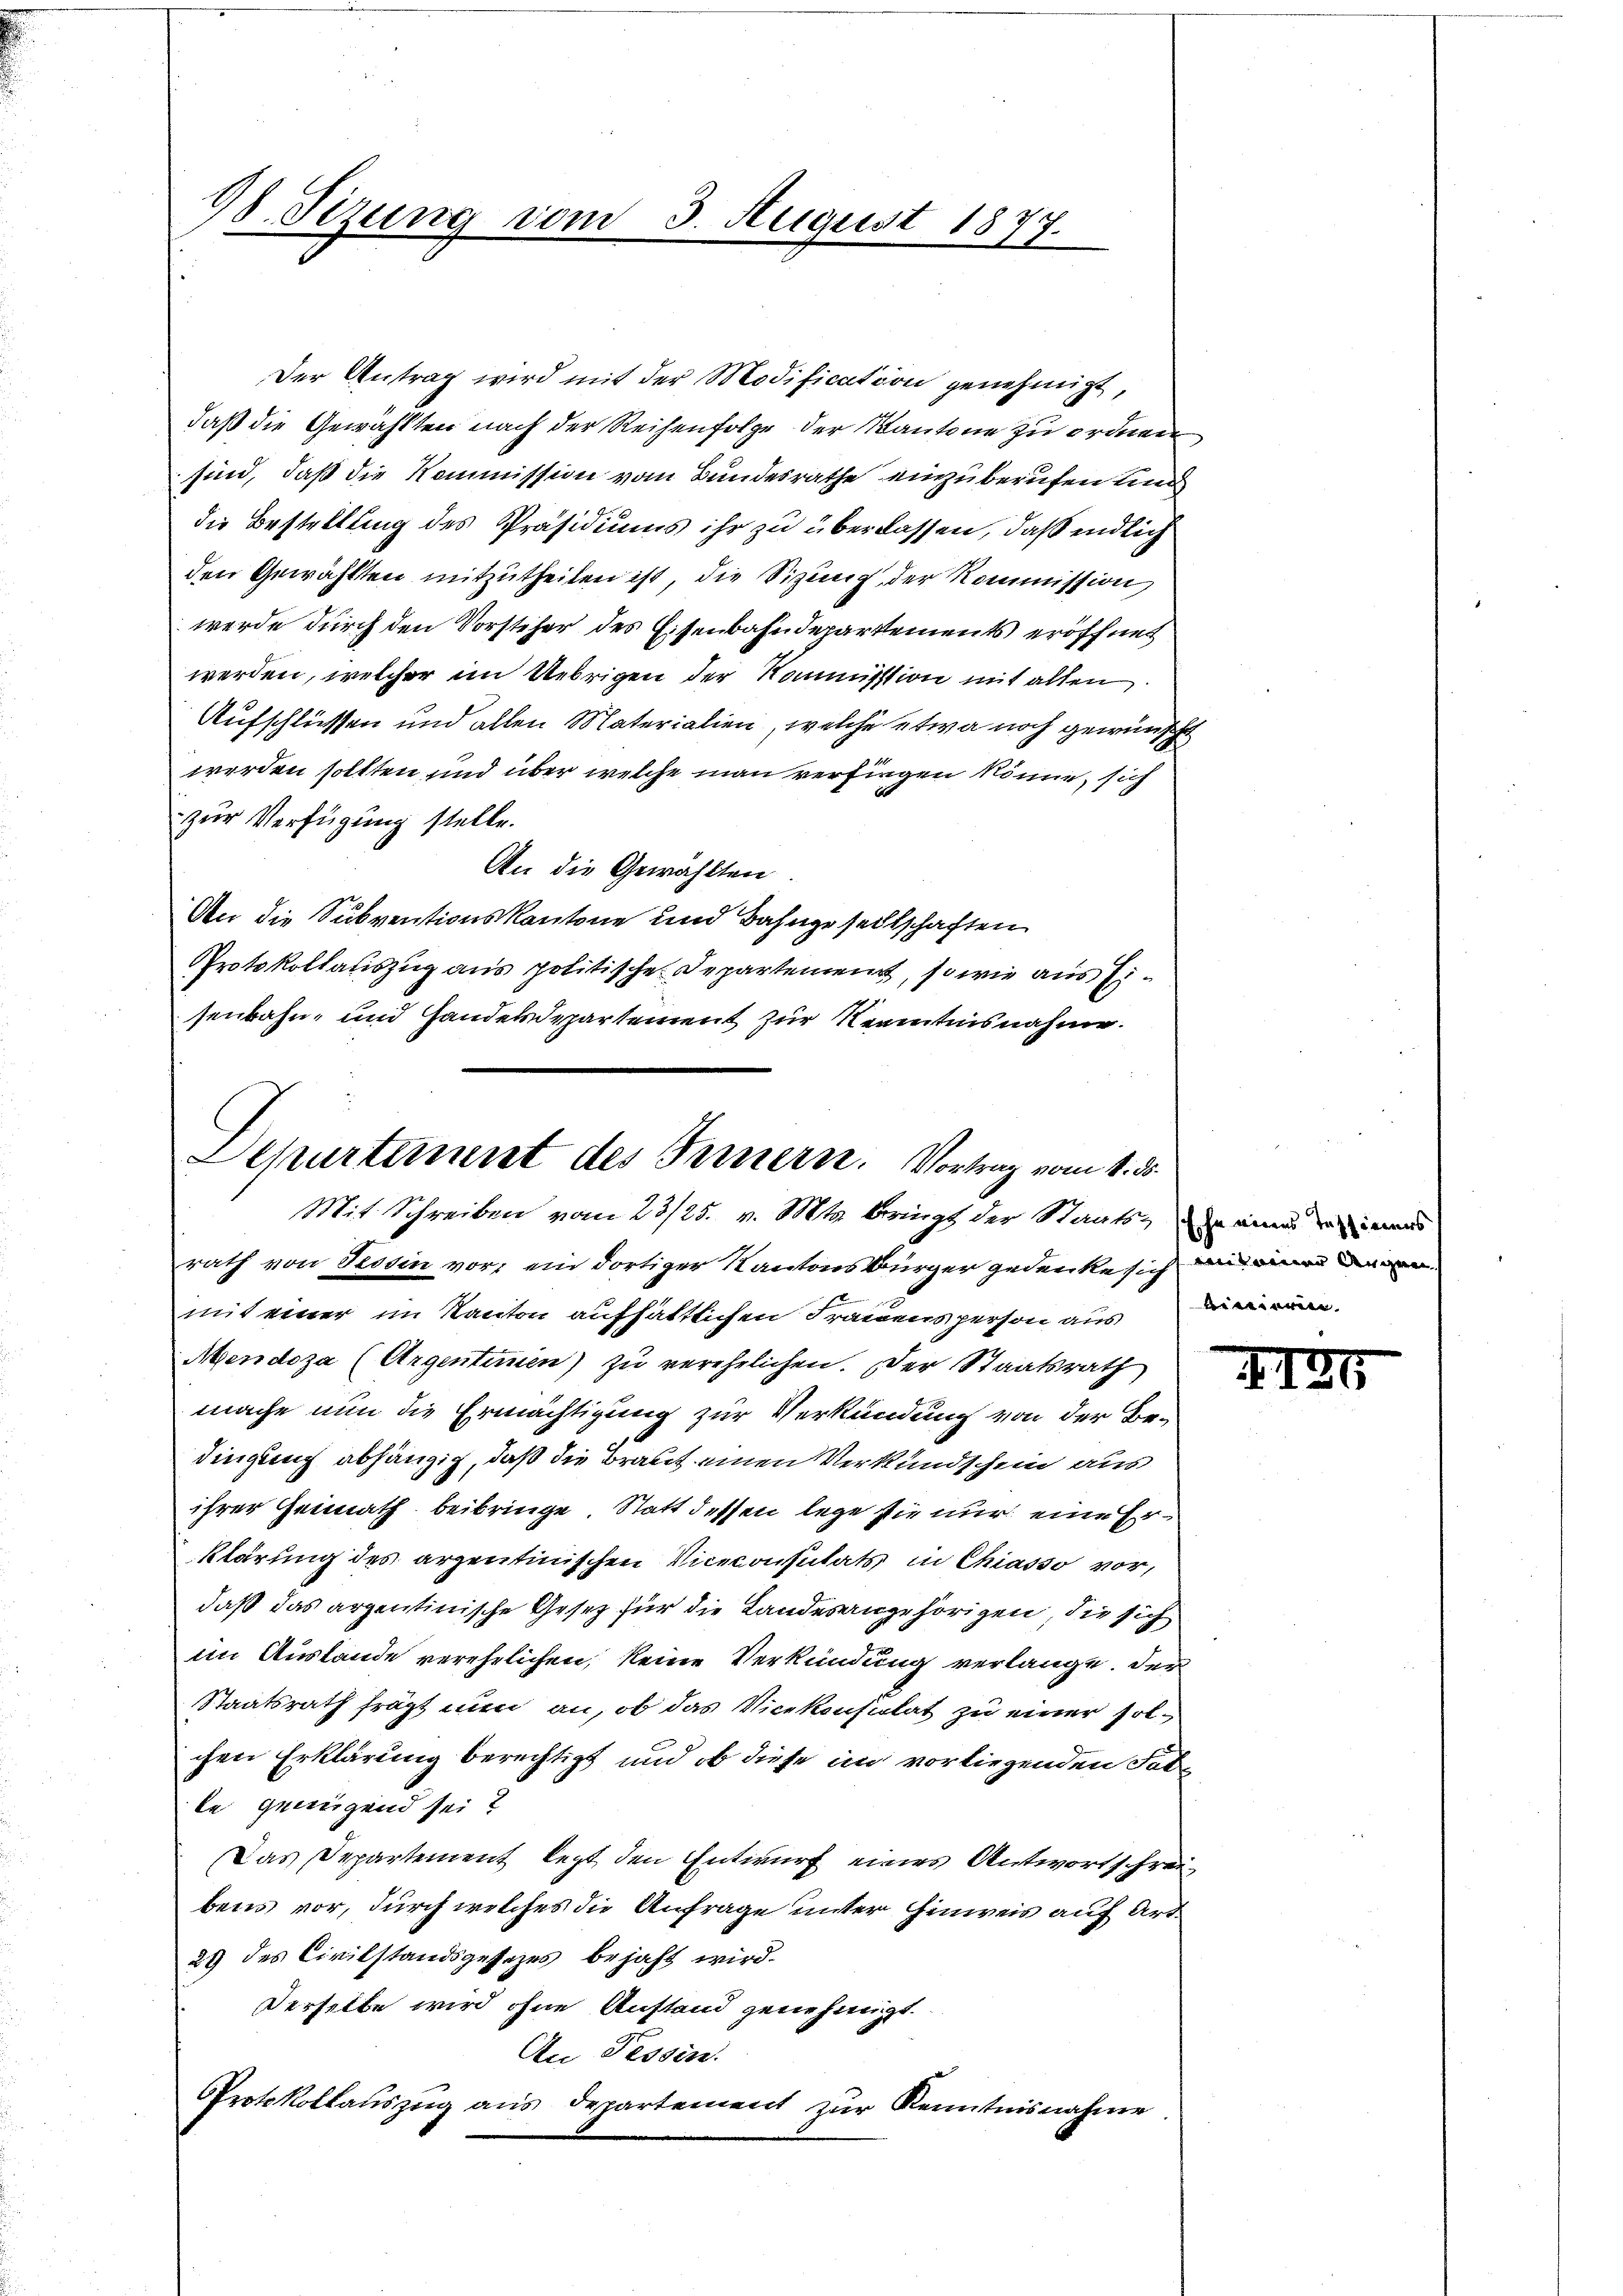
98. Sizung vom 3. August 1877.

Der Antrag wird mit der Modification genehmigt,
daß die Gewählten nach der Reihenfolge der Kantone zu ordnen
sind, daß die Kommission vom Bundesrathe einzuberufen und
die Bestellung des Präsidiums ihr zu überlassen, daß endlich
den Gewählten mitzutheilen ist, die Sizung der Kommission,
werde durch den Vorsteher des Eisenbahndepartements eröffnet
werden, welcher im Uebrigen der Kommission mit allen
Aufschlüssen und allen Materialien, welche etwa noch gewünscht
werden sollten und über welche man verfigen könne, sich
zur Verfügung stelle.
An die Gewählten.
An die Subventionskantone und Bahngesellschaften
Protokollauszug aus politische Departement, so wie aus Eisenbahn- und Handendepartement zur Kenntnisnahme.

Schurtement des Innern. Vortrag vom 1. ds.
Mit Schreiben vom 23/25. v. Mts. bringt der Staats- einen ein
rath von Tessin vor, ein dortiger Kantonsbürger gedenke sich und eine dann

mit einer im Kanton aufhältlichen Frauensperson aus der ä
Mendoza (Argentemen) zu verehelichen. Der Staatsrath
mache nun die Ermächtigung zur Verkündung von der Be-
dingung abhängig, daß die Braut einen Verkundschein aus
ihrer Heimath beibringe. Statt dessen lege sie nur eine Erklärung des arzentinischen Viceconsulats in Chiasso vor,
daß das argentinische Gesetz für die Landesangehörigen, die sich
im Auslande verehelichen, keine Verkündung verlange. Der
Staatsrath frägt nun an, ob das Vicekonsulat zu einer solchen Erklärung berechtigt und ob diese im vorliegenden Falle genügend sei?
Das Departement legt den Entwurf eines Antwortschreibens vor, durch welches die Anfrage unter Einweis auf Art.
29 des Civilstandsgesetzes bejaht wird.
Derselbe wird ohne Anstand genehmigt.
An Tessin.
Protokollauszug aus departement zŭr Kenntnisnahme.

127